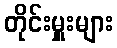
တိုင်းမှူးများ